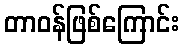
တာဝန်ဖြစ်ကြောင်း